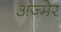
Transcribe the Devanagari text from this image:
अज्मेर